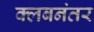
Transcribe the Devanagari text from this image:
क्लबनंतर